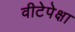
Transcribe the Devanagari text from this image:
वीटेपेक्षा